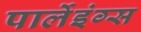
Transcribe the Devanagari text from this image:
पार्लेइंग्स